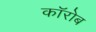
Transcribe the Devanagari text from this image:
कॉरोब